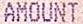
AMOUNT